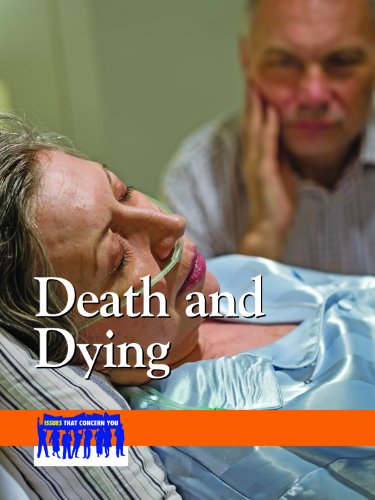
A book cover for Death and Dying (Issues That Concern You); Lauri S. Scherer; Teen & Young Adult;